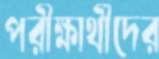
পরীক্ষার্থীদের